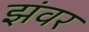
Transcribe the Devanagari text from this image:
झंवर